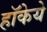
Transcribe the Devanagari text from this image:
हॉकेये